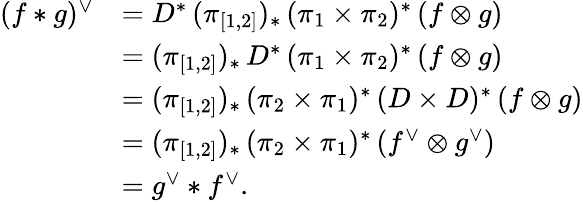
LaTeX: \begin{array}{rl}{(f*g)^{\vee}}&{=D^{*}\, (\pi_{[1,2]})_{*}\, (\pi_{1}\times\pi_{2})^{*}\, (f\otimes g)}\\ &{=(\pi_{[1,2]})_{*}\, D^{*}\, (\pi_{1}\times\pi_{2})^{*}\, (f\otimes g)}\\ &{=(\pi_{[1,2]})_{*}\, (\pi_{2}\times\pi_{1})^{*}\, (D\times D)^{*}\, (f\otimes g)}\\ &{=(\pi_{[1,2]})_{*}\, (\pi_{2}\times\pi_{1})^{*}\, (f^{\vee}\otimes g^{\vee})}\\ &{=g^{\vee}*f^{\vee}.}\end{array}